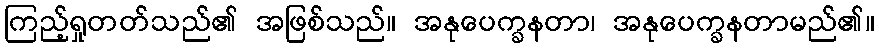
ကြည့်ရှုတတ်သည်၏ အဖြစ်သည်။ အနုပေက္ခနတာ၊ အနုပေက္ခနတာမည်၏။